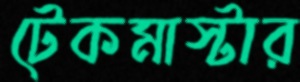
টেকমাস্টার